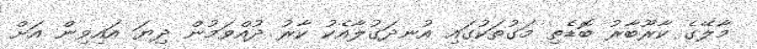
މާލޭގެ ކާރޫބާރު ބޮޑެތި މަގުތަކުގައި އުނދަގުލާއެކު ކާރު ދުއްވަމުން ދިޔަ އައިވިން އަށް